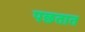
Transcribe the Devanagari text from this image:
पछतात